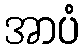
အာပံ